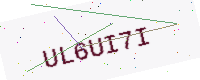
Text: UL6UI7I